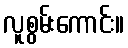
လူစွမ်းကောင်း။